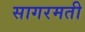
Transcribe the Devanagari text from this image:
सागरमती